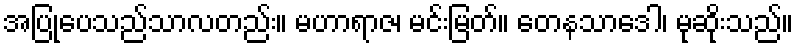
အပြုပေသည်သာလတည်း။ မဟာရာဇ၊ မင်းမြတ်။ တေနသာဒေါ၊ မုဆိုးသည်။